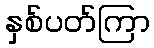
နှစ်ပတ်ကြာ